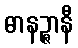
ဓာနဉ္ဇာနီ